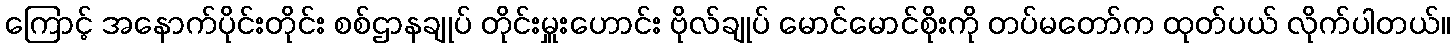
ကြောင့် အနောက်ပိုင်းတိုင်း စစ်ဌာနချုပ် တိုင်းမှူးဟောင်း ဗိုလ်ချုပ် မောင်မောင်စိုးကို တပ်မတော်က ထုတ်ပယ် လိုက်ပါတယ်။